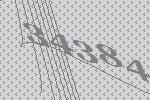
34384